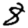
Digit: 8